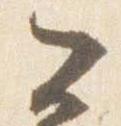
公